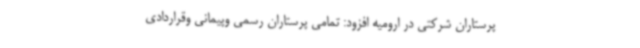
پرستاران شرکتی در ارومیه افزود: تمامی پرستاران رسمی وپیمانی وقراردادی